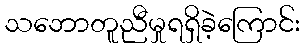
သဘောတူညီမှုရရှိခဲ့ကြောင်း